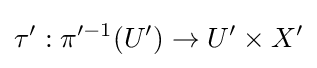
\tau ':\pi '^{-1}(U')\to U'\times X'